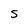
Character: S